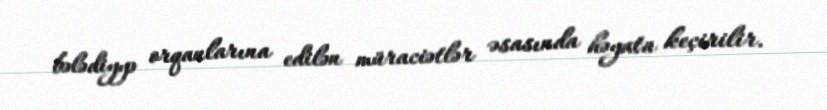
bələdiyyə orqanlarına edilən müraciətlər əsasında həyata keçirilir.